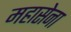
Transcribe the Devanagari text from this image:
महासेना